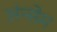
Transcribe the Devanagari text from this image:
अंन्सेम